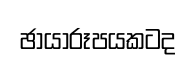
ඡායාරූපයකටද